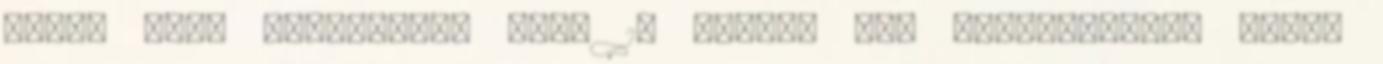
Ciki. Amit megbántam, hogy 14 évesen nem jelentkeztem pesti